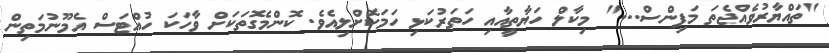
"ތައްޔާރުވެއްޖެތަ މަފިންސް..." މިކާލް ހަޔާތީއާއި ހަތަރުކަޅި ހަމަކޮށްލިއެވެ. ކޮންމެގޮތަކަށް ވާހަކަ ހުއްޓަސް އެމޫނުމަތިން